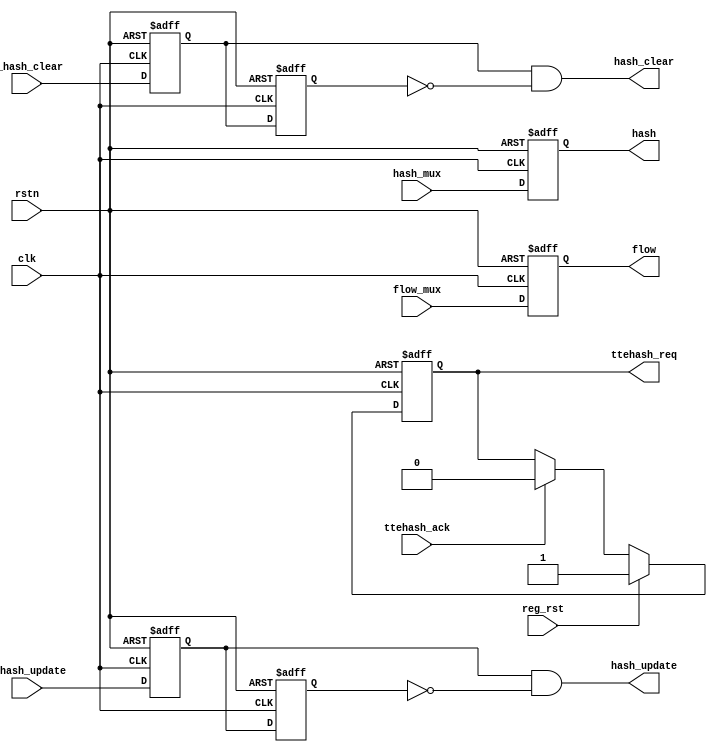
`timescale 1ns / 1ps
//////////////////////////////////////////////////////////////////////////////////
// Company: 
// Engineer: 
// 
// Design Name: 
// Module Name: bus2ttehash
// Project Name: 
// Target Devices: 
// Tool Versions: 
// Description: 
// 
// Dependencies: 
// 
// Revision:
// Revision 0.01 - File Created
// Additional Comments:
// 
//////////////////////////////////////////////////////////////////////////////////


module bus2ttehash(
input               clk,
input               rstn,
input   [119:0]     flow_mux,
input   [9:0]       hash_mux,
output  reg [119:0] flow,
output  reg [9:0]   hash,
output              hash_clear,
output              hash_update,
input               r_hash_clear,
input               r_hash_update,
input               reg_rst,
output  reg         ttehash_req,
input               ttehash_ack
);

parameter   DELAY = 2;

reg r_hash_clear_reg0;
reg r_hash_clear_reg1;
reg r_hash_update_reg0;
reg r_hash_update_reg1;

always@(posedge clk or negedge  rstn)begin
    if(~rstn) begin
        r_hash_clear_reg0 <=#DELAY 0;
        r_hash_clear_reg1 <=#DELAY 0;
        r_hash_update_reg0 <=#DELAY 0;
        r_hash_update_reg1 <=#DELAY 0;
    end
    else begin
        r_hash_clear_reg0 <=#DELAY r_hash_clear;
        r_hash_clear_reg1 <=#DELAY r_hash_clear_reg0;
        r_hash_update_reg0 <=#DELAY r_hash_update;
        r_hash_update_reg1 <=#DELAY r_hash_update_reg0;       
    end
end

assign  hash_clear = r_hash_clear_reg0 & (!r_hash_clear_reg1);
assign  hash_update = r_hash_update_reg0 & (!r_hash_update_reg1);

always@(posedge clk or negedge  rstn)begin
    if(~rstn) begin
        flow <=#DELAY 0;
        hash <=#DELAY 0;
    end
    else begin
        flow <=#DELAY flow_mux;
        hash <=#DELAY hash_mux; 
    end
end

always@(posedge clk or negedge  rstn)begin
    if(~rstn) begin
        ttehash_req <=#DELAY 0;
    end
    else if(reg_rst) begin
        ttehash_req <=#DELAY 1;
    end
    else if(ttehash_ack) begin
        ttehash_req <=#DELAY 0;
    end
end

endmodule